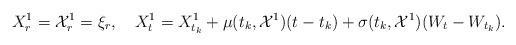
LaTeX: \begin{align*}X_{r}^1=\mathcal{X}_{r}^1=\xi_r,\quad{X}^{1}_t= X_{t_k}^1+ \mu(t_k,\mathcal{X}^{1})(t-t_k)+ \sigma(t_k,\mathcal{X}^{1})(W_t-W_{t_k}).\end{align*}